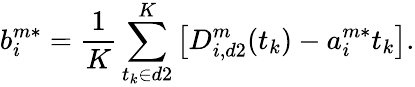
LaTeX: b_{i}^{m*}=\frac{1}{K}\sum_{t_{k}\in d2}^{K}\left[D_{i,d2}^{m}(t_{k})-a_{i}^{m*}t_{k}\right].